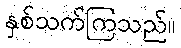
နှစ်သက်ကြသည်။